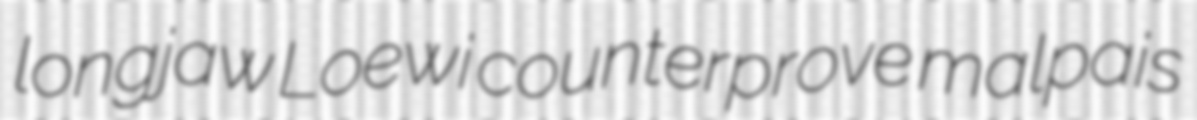
longjaw Loewi counterprove malpais